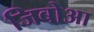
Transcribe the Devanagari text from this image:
जिबोआ